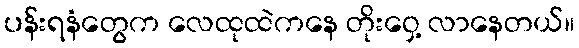
ပန်းရနံတွေက လေထုထဲကနေ တိုးဝှေ့ လာနေတယ်။